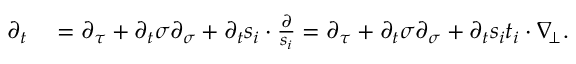
\begin{array} { r l } { \partial _ { t } } & { { } = \partial _ { \tau } + \partial _ { t } \sigma \partial _ { \sigma } + \partial _ { t } s _ { i } \cdot \frac { \partial } { s _ { i } } = \partial _ { \tau } + \partial _ { t } \sigma \partial _ { \sigma } + \partial _ { t } s _ { i } t _ { i } \cdot \nabla _ { \! \bot } . } \end{array}